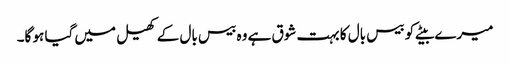
میرے بیٹے کو بیس بال کا بہت شوق ہے وہ بیس بال کے کھیل میں گیا ہو گا۔